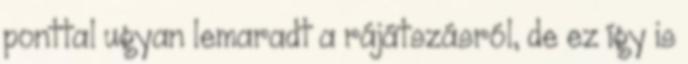
ponttal ugyan lemaradt a rájátszásról, de ez így is